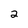
Character: 2